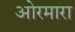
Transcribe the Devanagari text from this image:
ओरमारा